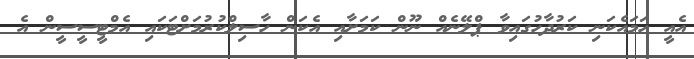
އެއީ ހަމައެކަނި ކަރުދާހުގައިވާ ޕްލޭނެއް ނޫން ކަމަށާއި އެކަން ހާސިލްކުރުމަށްޓަކައި އެމްޓީސީސީން އެ